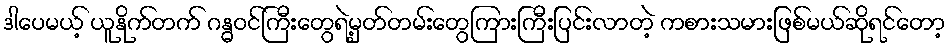
ဒါပေမယ့် ယူနိုက်တက် ဂန္ဓဝင်ကြီးတွေရဲ့မှတ်တမ်းတွေကြားကြီးပြင်းလာတဲ့ ကစားသမားဖြစ်မယ်ဆိုရင်တော့